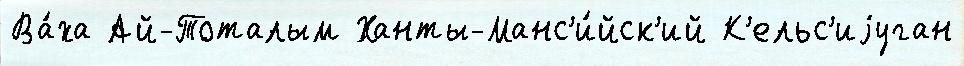
Ва́ха Ай-Тоталым Ханты-Манс'и́йск'ий К'ельс'иjуган